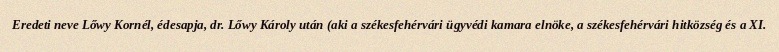
Eredeti neve Lőwy Kornél, édesapja, dr. Lőwy Károly után (aki a székesfehérvári ügyvédi kamara elnöke, a székesfehérvári hitközség és a XI.